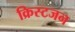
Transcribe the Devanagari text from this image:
क्रिस्टजन